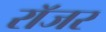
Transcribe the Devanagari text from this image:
राॅजर